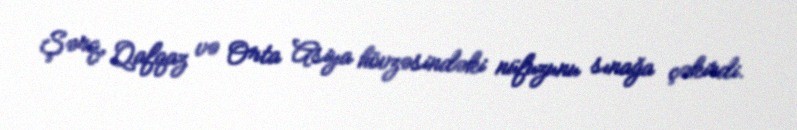
Şərq, Qafqaz və Orta Asiya hövzəsindəki nüfuzunu sınağa çəkirdi.